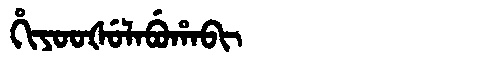
Manchu: ᡥᡳᠶᠣᠣᡧᡠᠯᠠᠪᡠᡥᠠᠪᡳ
Romanization: HIYOOŠULABUHABI